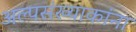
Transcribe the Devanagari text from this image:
अल्पसंख्याकांना